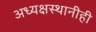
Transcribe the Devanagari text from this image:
अध्यक्षस्थानीही